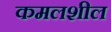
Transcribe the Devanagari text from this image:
कमलशील